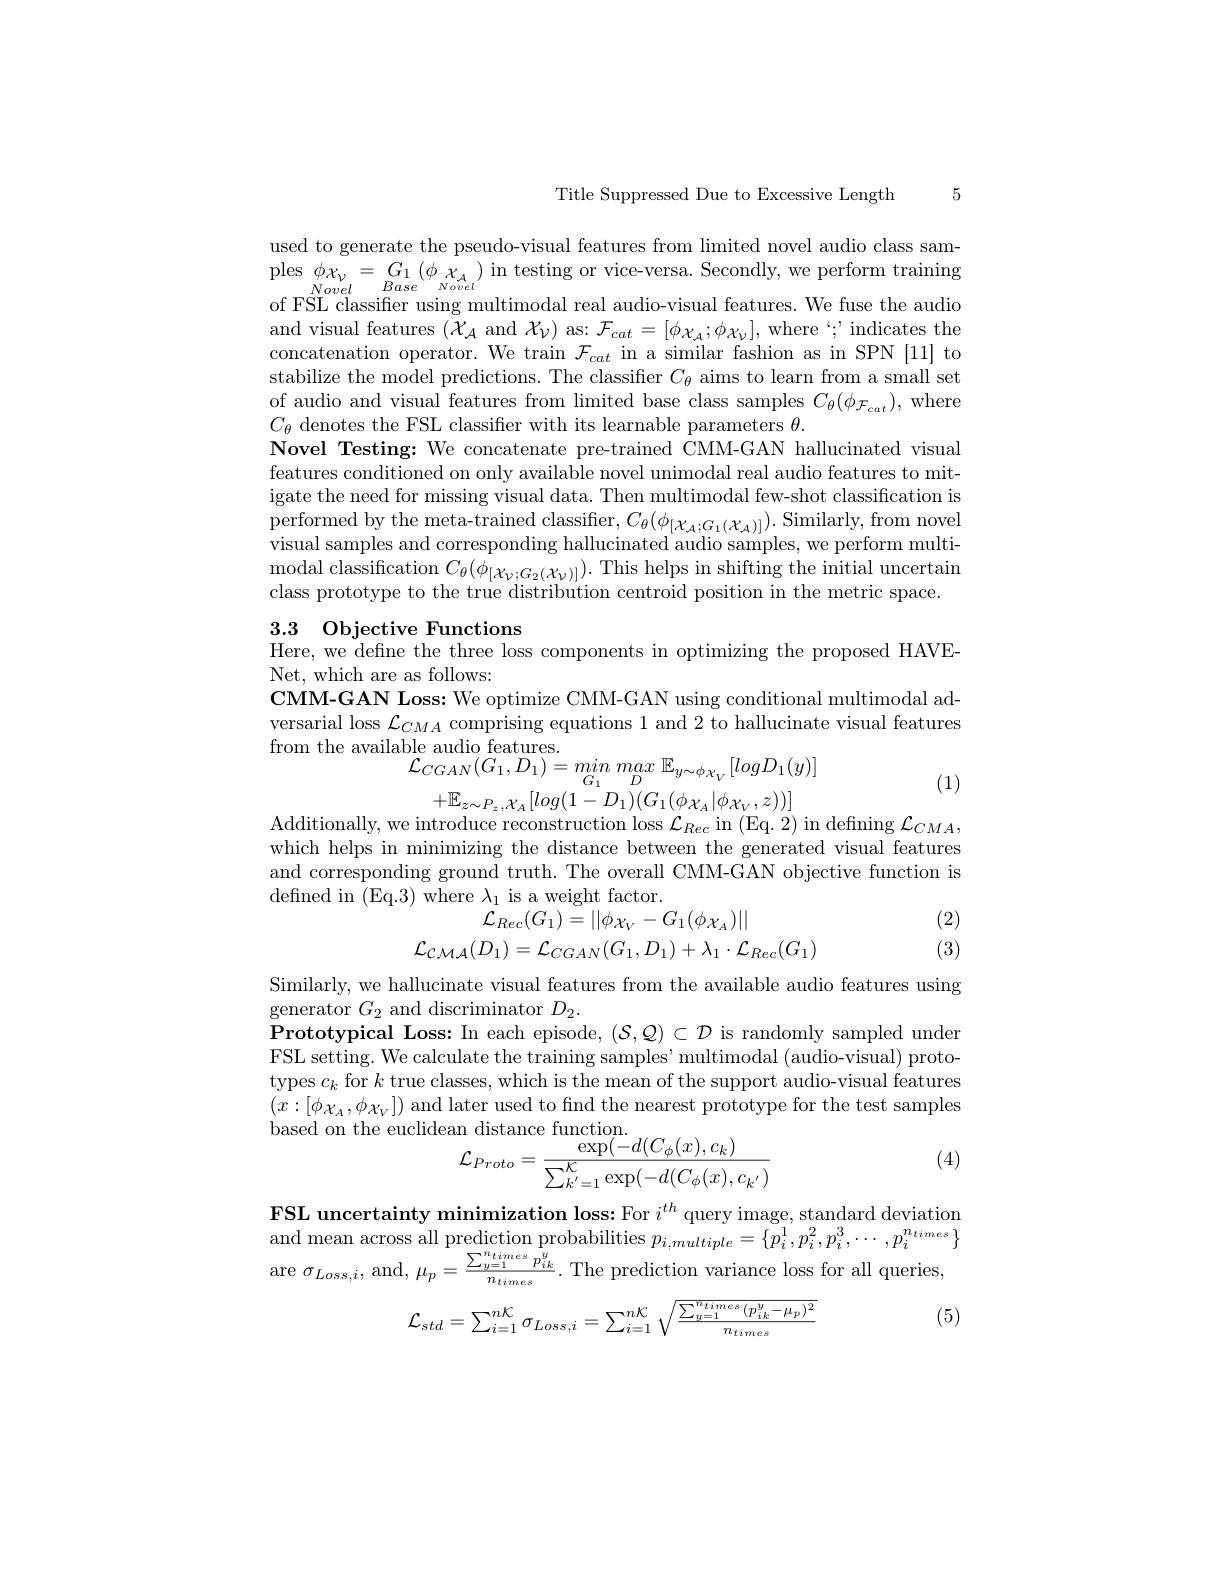
Title Suppressed Due to Excessive Length

5

used to generate the pseudo-visual features from limited novel audio class sam- $\begin{array}{l}{\mathrm{ples}}&{\phi\chi_{\nu}=G_{1}\left(\phi_{\begin{array}{c}{\chi_{A}}\end{array}}\right)\text{in testing or vice-versa. Secondly, we perform training}}\\{{Novel}}&{{Base}}&{{Novel}}\end{array}$ of FSL classifier using multimodal real audio-visual features. We fuse the audio and visual features $(\mathcal{X}_{\mathcal{A}}$ and $\mathcal{X}_{\mathcal{V}})$ as: $\mathcal{F}_cat=[\phi\chi_{\mathcal{A}};\phi\chi_{\mathcal{V}}]$, where $`;$ indicates the concatenation operator. We train $\mathcal{F}_{cat}$ in a similar fashion as in SPN [11] to stabilize the model predictions. The classifier $C_{\theta}$ aims to learn from a small set of audio and visual features from limited base class samples $C_\theta(\phi_{\mathcal{F}_{cat}})$,where $C_{\theta}$ denotes the FSL classifier with its learnable parameters $\theta.$
Novel Testing: We concatenate pre-trained CMM-GAN hallucinated visual features conditioned on only available novel unimodal real audio features to mitigate the need for missing visual data. Then multimodal few-shot classification is $\begin{array}{c}{\text{performed by the meta-trained classifier, }C_{\theta}(\phi_{[\mathcal{X}_{\mathcal{A}};G_{1}(\mathcal{X}_{\mathcal{A}})]}).\mathrm{~Similarly,~from~novel}}\\{\text{performed by the meta-trained classifier, }C_{\theta}(\phi_{[\mathcal{X}_{\mathcal{A}};G_{1}(\mathcal{X}_{\mathcal{A}})]}).\mathrm{~Simi}}\end{array}$ visual samples and corresponding hallucinated audio samples, we perform multi- ${\mathrm{modal~classification~}C_{\theta}(\dot{\phi}_{[\mathcal{X}_{\nu};G_{2}(\mathcal{X}_{\nu})]}).{\mathrm{This~helps~in~shifting~the~initial~uncertain}}}$ class prototype to the true distribution centroid position in the metric space.

3.3 Objective Functions
Here, we defne the three loss components in optimizing the proposed HAVE-

Net, which are as follows:
$\mathbf{CMM-GAN~Loss:~We~optimize~CMM-GAN~using~conditional~multimodal~ad-}$ versarial loss $\mathcal{L}_CMA$ comprising equations 1 and 2 to hallucinate visual features from the available audio features.
$$\begin{aligned}&\mathrm{Me~audlo~leatures.}\\&\mathcal{L}_{CGAN}(G_{1},D_{1})=min\:max\:\mathbb{E}_{y\sim\phi_{X_{V}}}[logD_{1}(y)]\\&+\mathbb{E}_{z\sim P_{z},\mathcal{X}_{A}}[log(1-D_{1})(G_{1}(\phi_{\mathcal{X}_{A}}|\phi_{\mathcal{X}_{V}},z))]\\\end{aligned}$$
(1)

Additionally, we introduce reconstruction $\operatorname{loss}\mathcal{L}_{Rec}\operatorname{in}\left(\operatorname{Eq.}2\right)\operatorname{in}\operatorname{defining}\mathcal{L}_{CMA}$,

which helps in minimizing the distance between the generated visual features and corresponding ground truth. The overall CMM-GAN objective function is defined in (Eq.3) where $\lambda_1$ is a weight factor.
(2)
$$\begin{array}{c}{\text{)wncic}\lambda_{1}\:\mathrm{is~a~weignt~iactor.}}\\{{\mathcal{L}_{Rec}(G_{1})=||\phi\chi_{V}-G_{1}(\phi\chi_{A})||}}\\{{\mathcal{L}_{\mathcal{CMA}}(D_{1})=\mathcal{L}_{CGAN}(G_{1},D_{1})+\lambda_{1}\cdot\mathcal{L}_{Rec}(G_{1})}}\end{array}$$
(3)

Similarly, we hallucinate visual features from the available audio features using
generator $G_2$ and discriminator $D_2.$
Prototypical Loss: In each episode, ( S, Q) $\subset$ $D$ is randomly sampled under FSL setting. We calculate the training samples' multimodal (audio-visual) prototypes $c_k$ for $k$ true classes, which is the mean of the support audio-visual features $(x:[\phi\chi_{A},\phi\chi_{V}])$ and later used to find the nearest prototype for the test samples based on the euclidean distance function
$$\begin{array}{l}{\mathrm{an~distance~function.}}\\{\mathcal{L}_{Proto}=\frac{\exp(-d(C_{\phi}(x),c_{k})}{\sum_{{k^{'}}=1}^{K}\exp(-d(C_{\phi}(x),c_{{k^{'}}})}}\end{array}$$
(4)

FSL uncertainty minimization loss: For $i^{th}$ query image, standard deviation and mean across all prediction probabilities $p_i,multiple=\{p_i^1,p_i^2,p_i^3,\cdots,p_i^{n_{times}}\}$ $\operatorname{are}\sigma_{Loss,i}$,and$,\mu_p=\frac\sum{y=1}^{n_{times}}p_{ik}^{y}{n_{times}}.$The prediction variance loss for all queries,

(5)
$$\mathcal{L}_{std}=\sum_{i=1}^{n\mathcal{K}}\sigma_{Loss,i}=\sum_{i=1}^{n\mathcal{K}}\sqrt{\frac{\sum_{y=1}^{n_{times}}{(p_{ik}^{y}-\mu_{p})^{2}}}{n_{times}}}$$